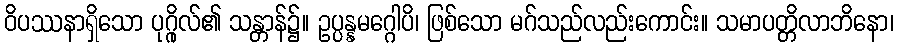
ဝိပဿနာရှိသော ပုဂ္ဂိုလ်၏ သန္တာန်၌။ ဥပ္ပန္နမဂ္ဂေါပိ၊ ဖြစ်သော မဂ်သည်လည်းကောင်း။ သမာပတ္တိလာဘိနော၊